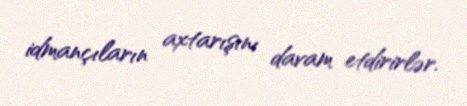
idmançıların axtarışını davam etdirirlər.